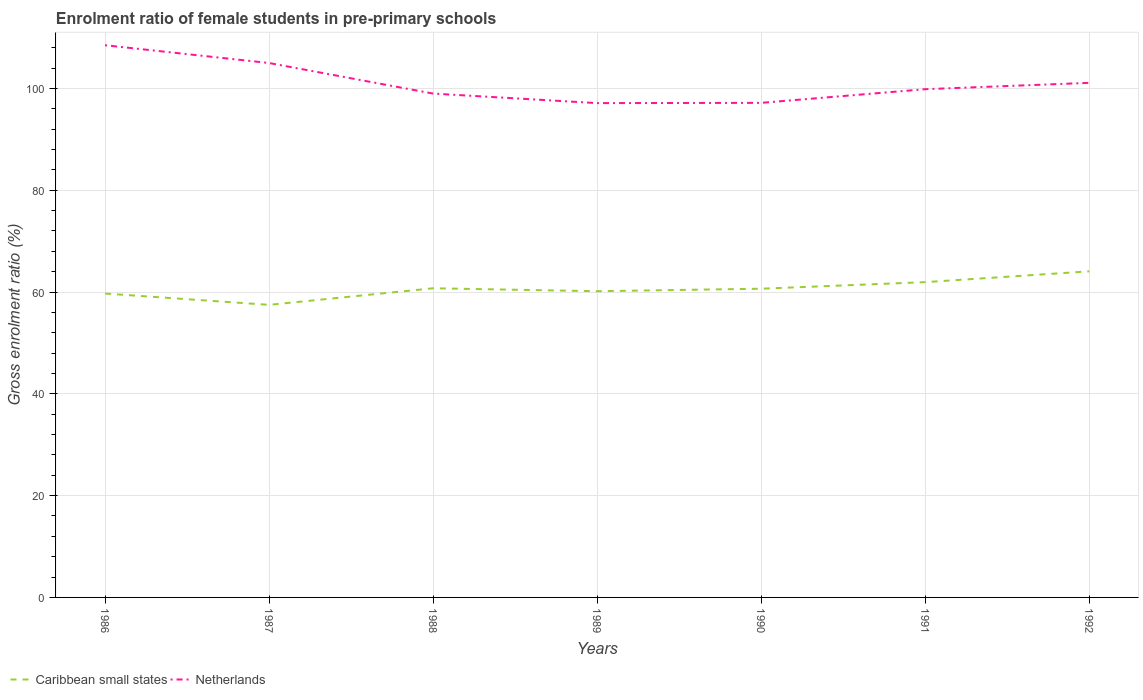
| Years | Caribbean small states | Netherlands |
 | --- | --- | --- |
 | 1986 | 59.7 | 108 |
 | 1987 | 57.5 | 105 |
 | 1988 | 60.7 | 99 |
 | 1989 | 60.2 | 97.1 |
 | 1990 | 60.6 | 97.2 |
 | 1991 | 61.9 | 99.8 |
 | 1992 | 64.1 | 101 |